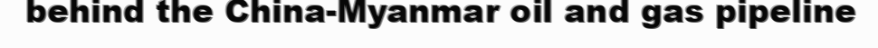
behind the China-Myanmar oil and gas pipeline